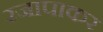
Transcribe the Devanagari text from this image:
रजापाकर